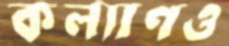
কল্যাণও